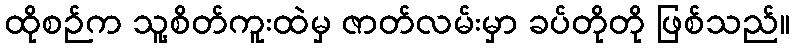
ထိုစဉ်က သူ့စိတ်ကူးထဲမှ ဇာတ်လမ်းမှာ ခပ်တိုတို ဖြစ်သည်။